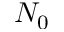
N _ { 0 }